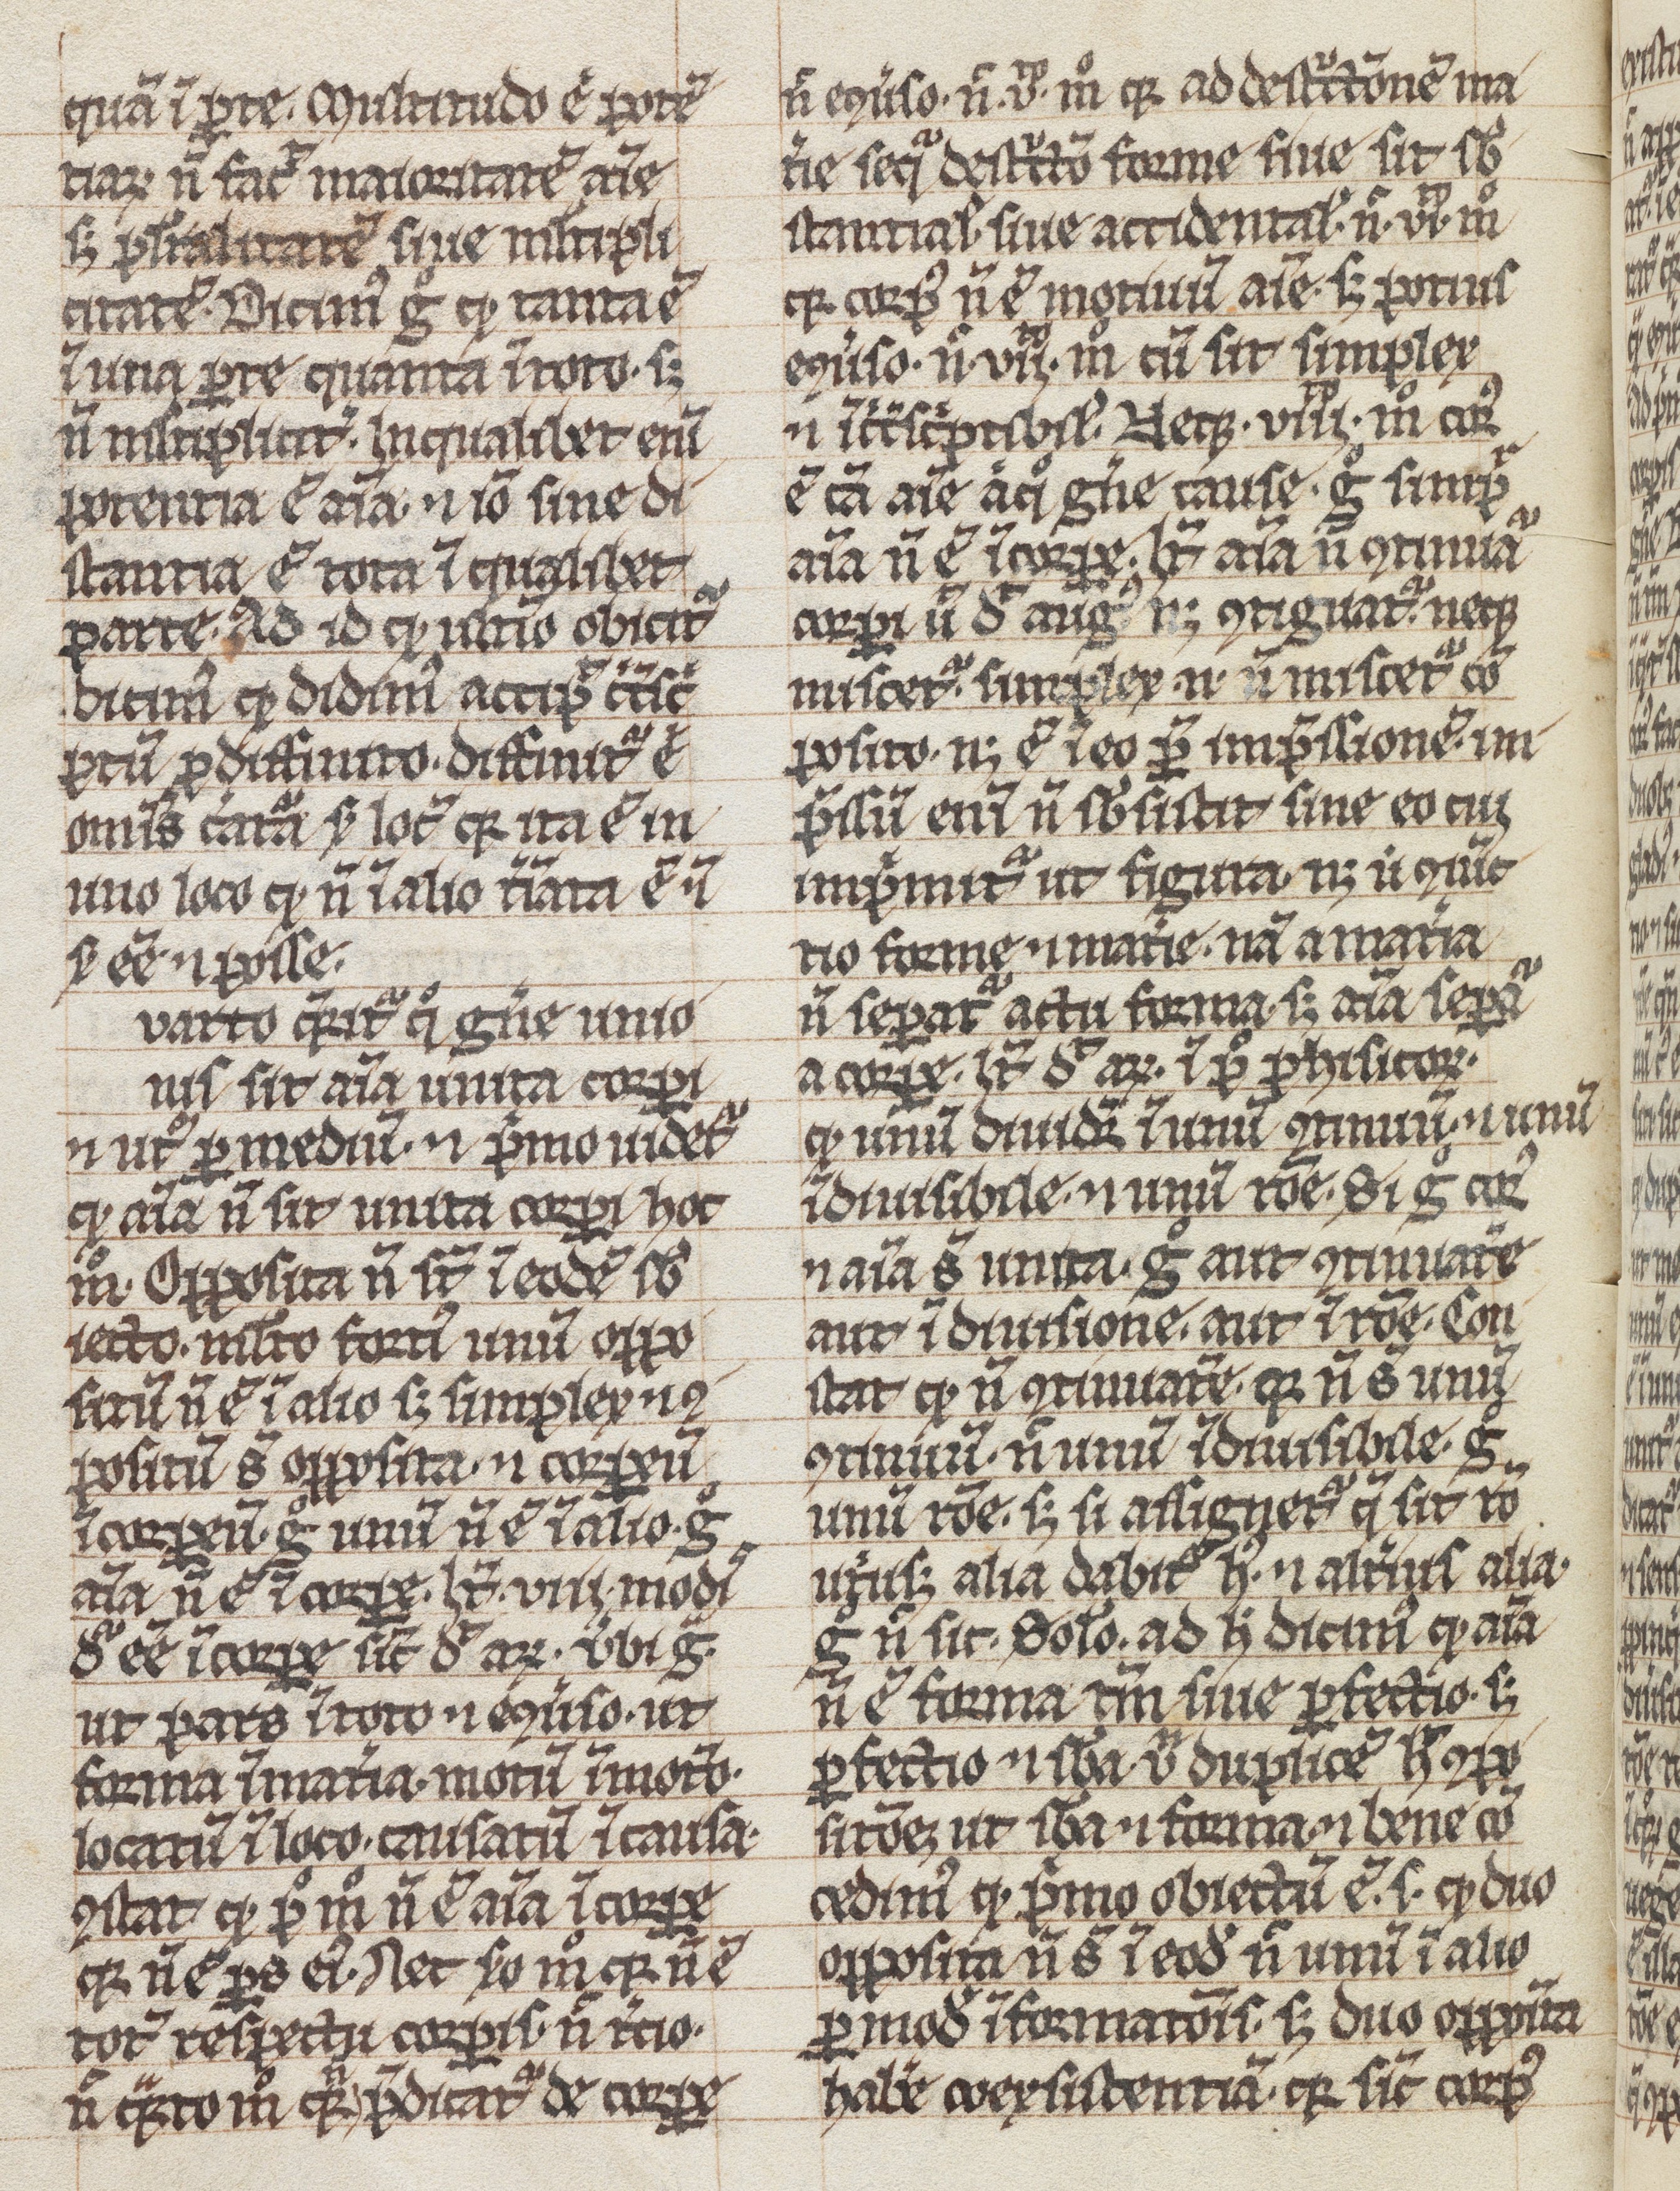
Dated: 1300–1399